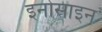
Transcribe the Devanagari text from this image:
इनोसाइन